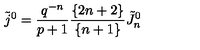
\tilde { j } ^ { 0 } = { \frac { q ^ { - n } } { p + 1 } } { \frac { \{ 2 n + 2 \} } { \{ n + 1 \} } } \tilde { J } _ { n } ^ { 0 }